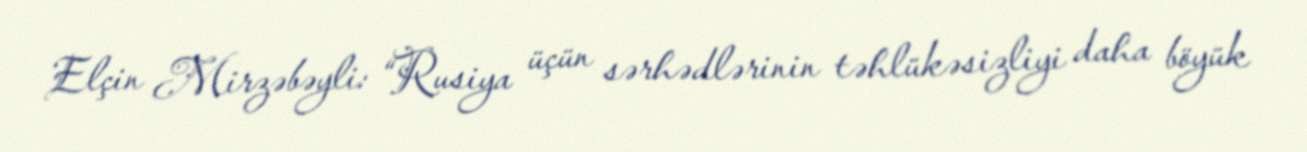
Elçin Mirzəbəyli: “Rusiya üçün sərhədlərinin təhlükəsizliyi daha böyük